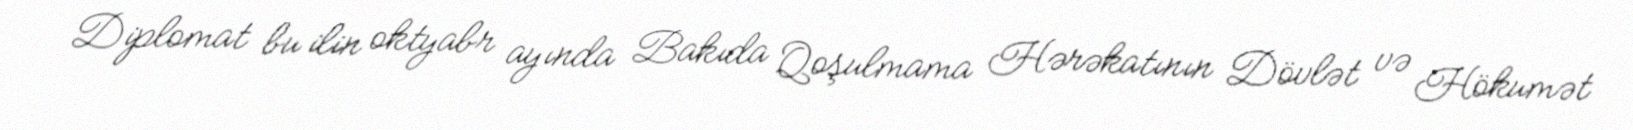
Diplomat bu ilin oktyabr ayında Bakıda Qoşulmama Hərəkatının Dövlət və Hökumət